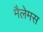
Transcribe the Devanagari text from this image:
मैलेमस